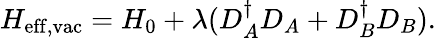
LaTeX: H_{\mathrm{eff,vac}}=H_{0}+\lambda(D_{A}^{\dagger}D_{A}+D_{B}^{\dagger}D_{B}).